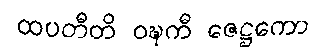
ထပတီတိ ဝဍ္ဎကီ ဇေဋ္ဌကော